Malaria in India - Number 2
Disease focus: Malaria
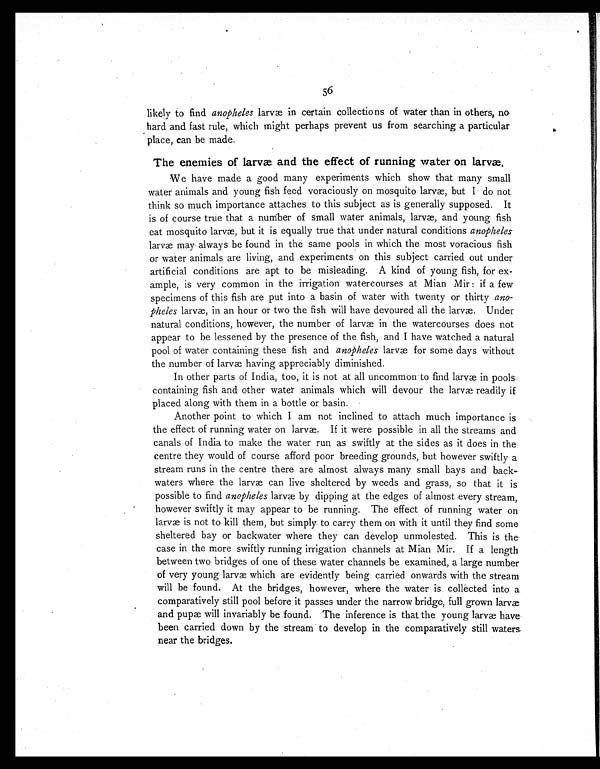
56
likely to find anopheles larvæ in certain collections of water than in others, no,
hard and fast rule, which might perhaps prevent us from searching a particular
place, can be made.
The enemies of larvæ and the effect of running water on larvæ.
We have made a good many experiments which show that many small
water animals and young fish feed voraciously on mosquito laræ, but I do not
think so much importance attaches to this subject as is generally supposed. It
is of course true that a number of small water animals, larvæ, and young fish
eat mosquito larvæ, but it is equally true that under natural conditions anopheles
larvæ may always be found in the same pools in which the most voracious fish
or water animals are living, and experiments on this subject carried out under
artificial conditions are apt to be misleading. A kind of young fish, for ex
ample, is very common in the irrigation watercourses at Mian Mir : if a few
specimens of this fish are put into a basin of water with twenty or thirty ano
pheles larvæ, in an hour or two the fish will have devoured all the larvæ. Under
natural conditions, however, the number of larvæ in the watercourses does not
appear to be lessened by the presence of the fish, and I have watched a natural
pool of water containing these fish and anopheles larvæ for some days without
the number of larvæ having appreciably diminished.
In other parts of India, too, it is not at all uncommon to find larvæ in pools
containing fish and other water animals which will devour the larvæ readily if
placed along with them in a bottle or basin.
Another point to which I am not inclined to attach much importance is
the effect of running water on larvæ. If it were possible in all the streams and
canals of India to make the water run as swiftly at the sides as it does in the
centre they would of course afford poor breeding grounds, but however swiftly a
stream runs in the centre there are almost always many small bays and back
- w a t e r s w h e r e t h e l a r v æ c a n l i v e s h e l t e r e d b y w e e d s a n d g r a s s , s o t h a t i t i s
possible to find anopheles larvæ by dipping at the edges of almost every stream,
however swiftly it may appear to be running. The effect of running water on
larvæ is not to kill them, but simply to carry them on with it until they find some
sheltered bay or backwater where they can develop unmolested. This is the
case in the more swiftly running irrigation channels at Mian Mir. If a length
between two bridges of one of these water channels be examined, a large number
of very young larvæ which are evidently being carried onwards with the stream
will be found. At the bridges, however, where the water is collected into a
comparatively still pool before it passes under the narrow bridge, full grown larvæ
and pupæ will invariably be found. The inference is that the young larvæ have
been carried down by the stream to develop in the comparatively still waters.
near the bridges.